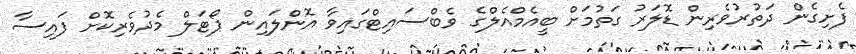
ފެށިގެން ދަތުރުވެރިން ޑޮލަރު ގަތުމަށް ބީއެމްއެލްގެ ވެބްސައިޓްގައިވާ އޮންލައިން ޕޯޓަލް މެދުވެރިކޮށް ފައިސާ